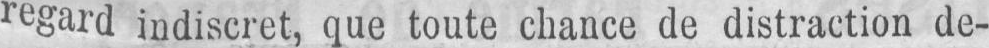
regard indiscret, que toute chance de distraction de-